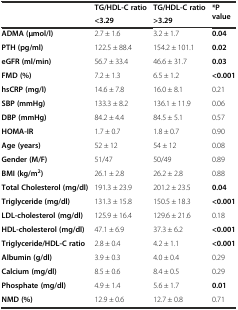
| <ROWSPAN=2>  | TG/HDL-Cratio | TG/HDL-Cratio | <ROWSPAN=2> *P value |
 | <3.29 | >3.29 |
 | --- | --- | --- | --- |
 | ADMA (μmol/l) | 2.7 ± 1.6 | 3.2 ± 1.7 | 0.04 |
 | PTH (pg/ml) | 122.5 ± 88.4 | 154.2 ± 101.1 | 0.02 |
 | eGFR (ml/min) | 56.7 ± 33.4 | 46.6 ± 31.7 | 0.03 |
 | FMD (%) | 7.2 ± 1.3 | 6.5 ± 1.2 | <0.001 |
 | hsCRP (mg/l) | 14.6 ± 7.8 | 16.0 ± 8.1 | 0.21 |
 | SBP (mmHg) | 133.3 ± 8.2 | 136.1 ± 11.9 | 0.06 |
 | DBP (mmHg) | 84.2 ± 4.4 | 84.5 ± 5.1 | 0.57 |
 | HOMA-IR | 1.7 ± 0.7 | 1.8 ± 0.7 | 0.90 |
 | Age (years) | 52 ± 12 | 54 ± 12 | 0.08 |
 | Gender (M/F) | 51/47 | 50/49 | 0.89 |
 | BMI (kg/m2) | 26.1 ± 2.8 | 26.2 ± 2.8 | 0.88 |
 | Total Cholesterol (mg/dl) | 191.3 ± 23.9 | 201.2 ± 23.5 | 0.04 |
 | Triglyceride (mg/dl) | 131.3 ± 15.8 | 150.5 ± 18.3 | <0.001 |
 | LDL-cholesterol (mg/dl) | 125.9 ± 16.4 | 129.6 ± 21.6 | 0.18 |
 | HDL-cholesterol (mg/dl) | 47.1 ± 6.9 | 37.3 ± 6.2 | <0.001 |
 | Triglyceride/HDL-C ratio | 2.8 ± 0.4 | 4.2 ± 1.1 | <0.001 |
 | Albumin (g/dl) | 3.9 ± 0.3 | 4.0 ± 0.4 | 0.29 |
 | Calcium (mg/dl) | 8.5 ± 0.6 | 8.4 ± 0.5 | 0.29 |
 | Phosphate (mg/dl) | 4.9 ± 1.4 | 5.6 ± 1.7 | 0.01 |
 | NMD (%) | 12.9 ± 0.6 | 12.7 ± 0.8 | 0.71 |